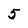
Character: 5